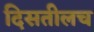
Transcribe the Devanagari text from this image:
दिसतीलच